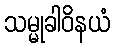
သမ္မုခါဝိနယံ